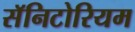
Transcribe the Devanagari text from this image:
सॅनिटोरियम